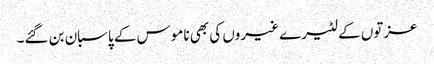
عزتوں کے لٹیرے غیروں کی بھی ناموس کے پاسبان بن گئے۔